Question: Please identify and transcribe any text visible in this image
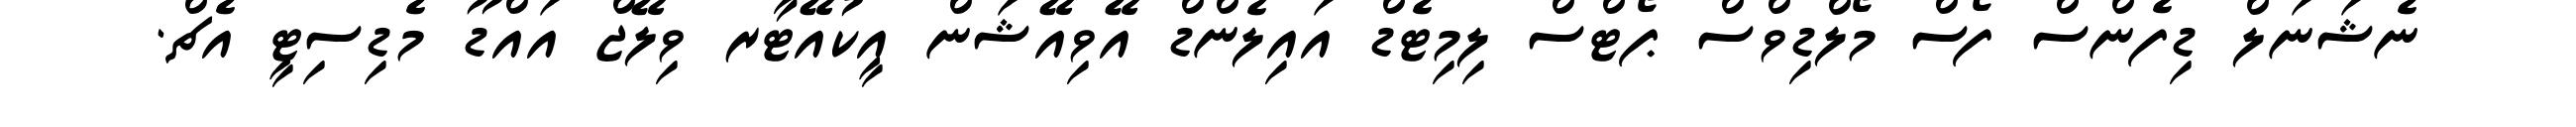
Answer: ނެޝަނަލް ޑިފެންސް ފޯސް މޯލްޑިވްސް ޕޯޓްސް ލިމިޓެޑް އައިލެންޑް އޭވިއޭޝަން އީކުއޭޓާރ ވިލޭޖް އައްޑޫ މެޑިސިޓީ އެޗް.